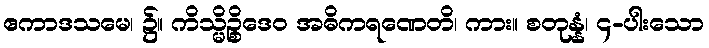
ဧကာဒသမေ၊ ၌။ ကိသ္မိဉ္စိဒေဝ အဓိကရဏေတိ၊ ကား။ စတုန္နံ၊ ၄-ပါးသော